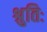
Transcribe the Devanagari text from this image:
श्रुतिः